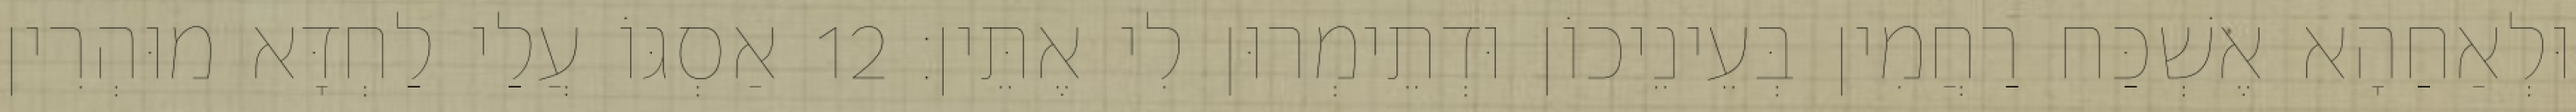
וּלְאַחַהָא אֶשְׁכַּח רַחֲמִין בְּעֵינֵיכוֹן וּדְתֵימְרוּן לִי אֶתֵּין׃ 12 אַסְגּוֹ עֲלַי לַחְדָּא מוּהְרִין